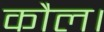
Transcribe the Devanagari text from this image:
कौल।